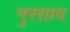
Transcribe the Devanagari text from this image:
गुरसाय